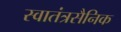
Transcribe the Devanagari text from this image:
स्वातंत्रसैनिक